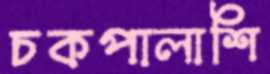
চকপালাশি